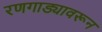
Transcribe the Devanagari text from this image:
रणगाड्यावरून